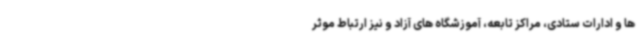
ها و ادارات ستادی، مراکز تابعه، آموزشگاه های آزاد و نیز ارتباط موثر